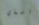
الذي